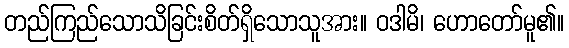
တည်ကြည်သောသိခြင်းစိတ်ရှိသောသူအား။ ဝဒါမိ၊ ဟောတော်မူ၏။